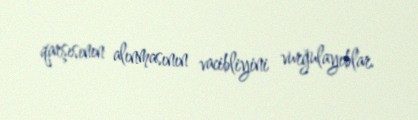
qarşısının alınmasının vacibliyini vurğulayıblar.